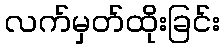
လက်မှတ်ထိုးခြင်း